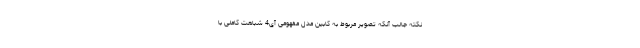
نکته جالب آنکه تصویر مربوط به کابین مدل مفهومی آی4 شباهت کاملی با